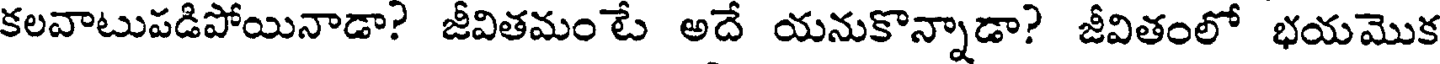
కలవాటుపడిపోయినాడా? జీవితమంటే అదే యనుకొన్నాడా? జీవితంలో భయమొక